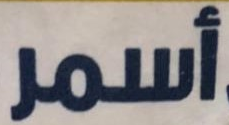
أسمر